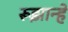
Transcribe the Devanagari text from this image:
रूझान्हे